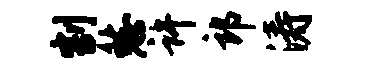
割愁许郎涛